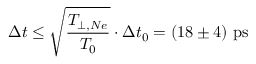
\Delta t \leq \sqrt { \frac { T _ { \perp , N e } } { T _ { 0 } } } \cdot \Delta t _ { 0 } = ( 1 8 \pm 4 ) ~ \mathrm { p s }